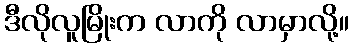
ဒီလိုလူမြိုးက လာကို လာမှာလို့။